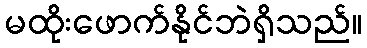
မထိုးဖောက်နိုင်ဘဲရှိသည်။